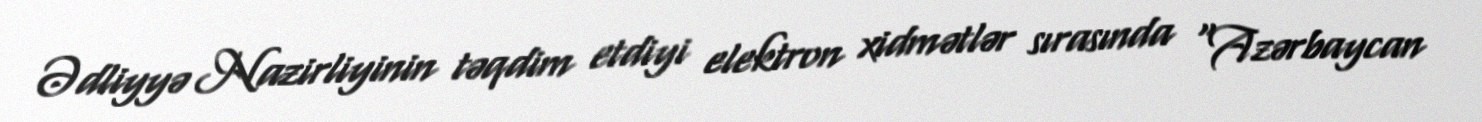
Ədliyyə Nazirliyinin təqdim etdiyi elektron xidmətlər sırasında “Azərbaycan